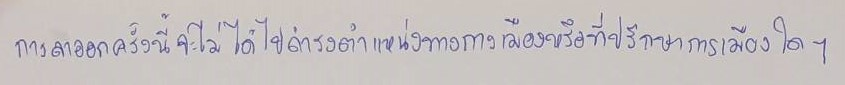
การลาออกครั้งนี้จะไม่ได้ไปดำรงตำแหน่งทางการเมืองหรือที่ปรึกษาการเมืองใดๆ